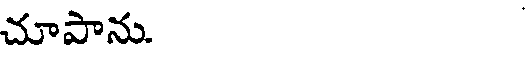
చూపాను.